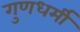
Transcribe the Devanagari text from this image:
गुणधर्मी